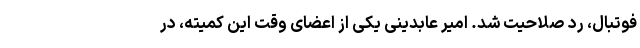
فوتبال، رد صلاحیت شد. امیر عابدینی یکی از اعضای وقت این کمیته، در